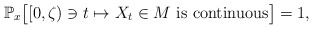
\begin{align*}\mathbb{P}_{x}\bigl[[0,\zeta)\ni t\mapsto X_{t}\in M\textrm{ is continuous}\bigr]=1,\end{align*}